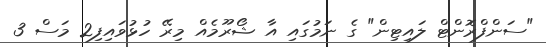
"ސަންފްރޮންޓް ލައިޓިން" ގެ ނަމުގައި އާ ޝޯރޫމެއް މިރޭ ހުޅުވައިފި2 މަސް 3